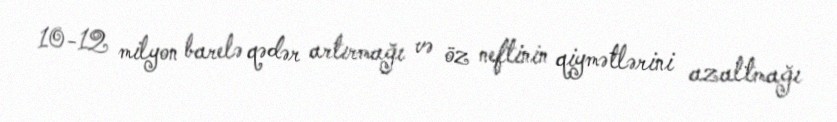
10-12 milyon barelə qədər artırmağı və öz neftinin qiymətlərini azaltmağı